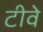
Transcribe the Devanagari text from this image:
टीवे